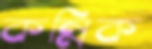
কন্নিক